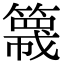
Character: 簚